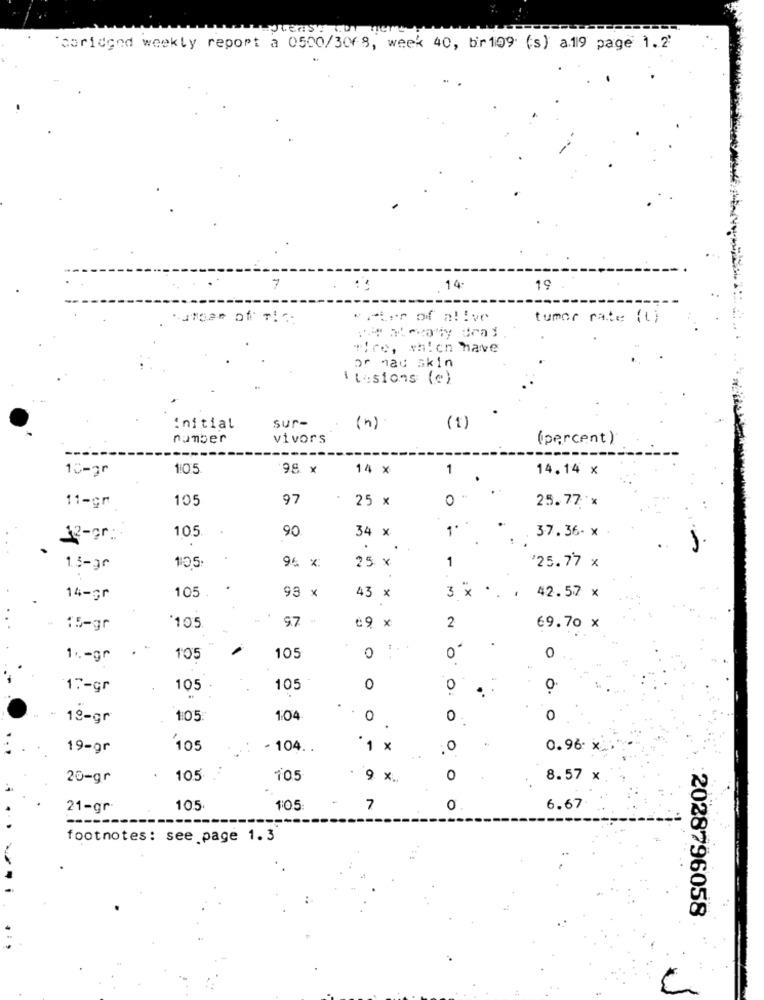
coridgnd weekly report a 0500/30/8, week 40, bir109 (s) a19 page 1.2'
14
19
*Pier of alive
tumor rate (t)
Tire, which have
or nat skin
Ilasions (c)
(1)
initial
sur-
(n)
number
vivors
(percent )
10-30
105
14 x
1
14.14 x
105
97
25 x
O
25.77 %
11-gr
10.5
90
34 x
...
37.36- x
12-gr:
96 x
25 x
1
13-36
105
'25.77 x
93 x
3 ×
14-gr
105
43 x
..
42.57 x
9.7
2
15-gr
'105
₾9 x
69.70 x
.O
1 .- gr
105
105
0
0
17-gr
105
105
0
0
0
. - 19-gr
1:05
1:04
0
0
0
19-gr
105
- 104 ..
·1 x
0
0.96. x
20-gr
105
105
9 x.
0
8.57 x
21-gr
105
1:05
7
0
6.67
footnotes: see page 1.3
2028796058